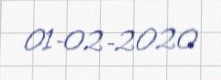
01-02-2020